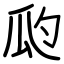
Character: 瓝